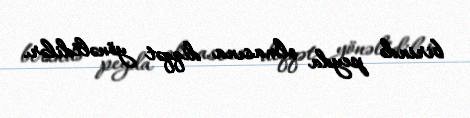
birində peyda olmasına diqqət yönəltdilər.